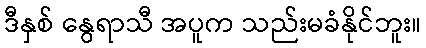
ဒီနှစ် နွေရာသီ အပူက သည်းမခံနိုင်ဘူး။